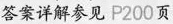
答案详解参见 P200页